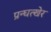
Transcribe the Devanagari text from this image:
प्रन्घत्खेर